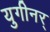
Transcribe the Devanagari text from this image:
युगीनर्